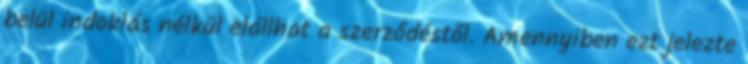
belül indoklás nélkül elállhat a szerződéstől. Amennyiben ezt jelezte